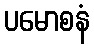
ပမောစနံ